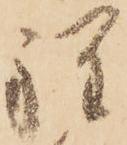
程